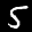
Label: 5